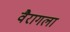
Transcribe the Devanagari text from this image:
वैरागला